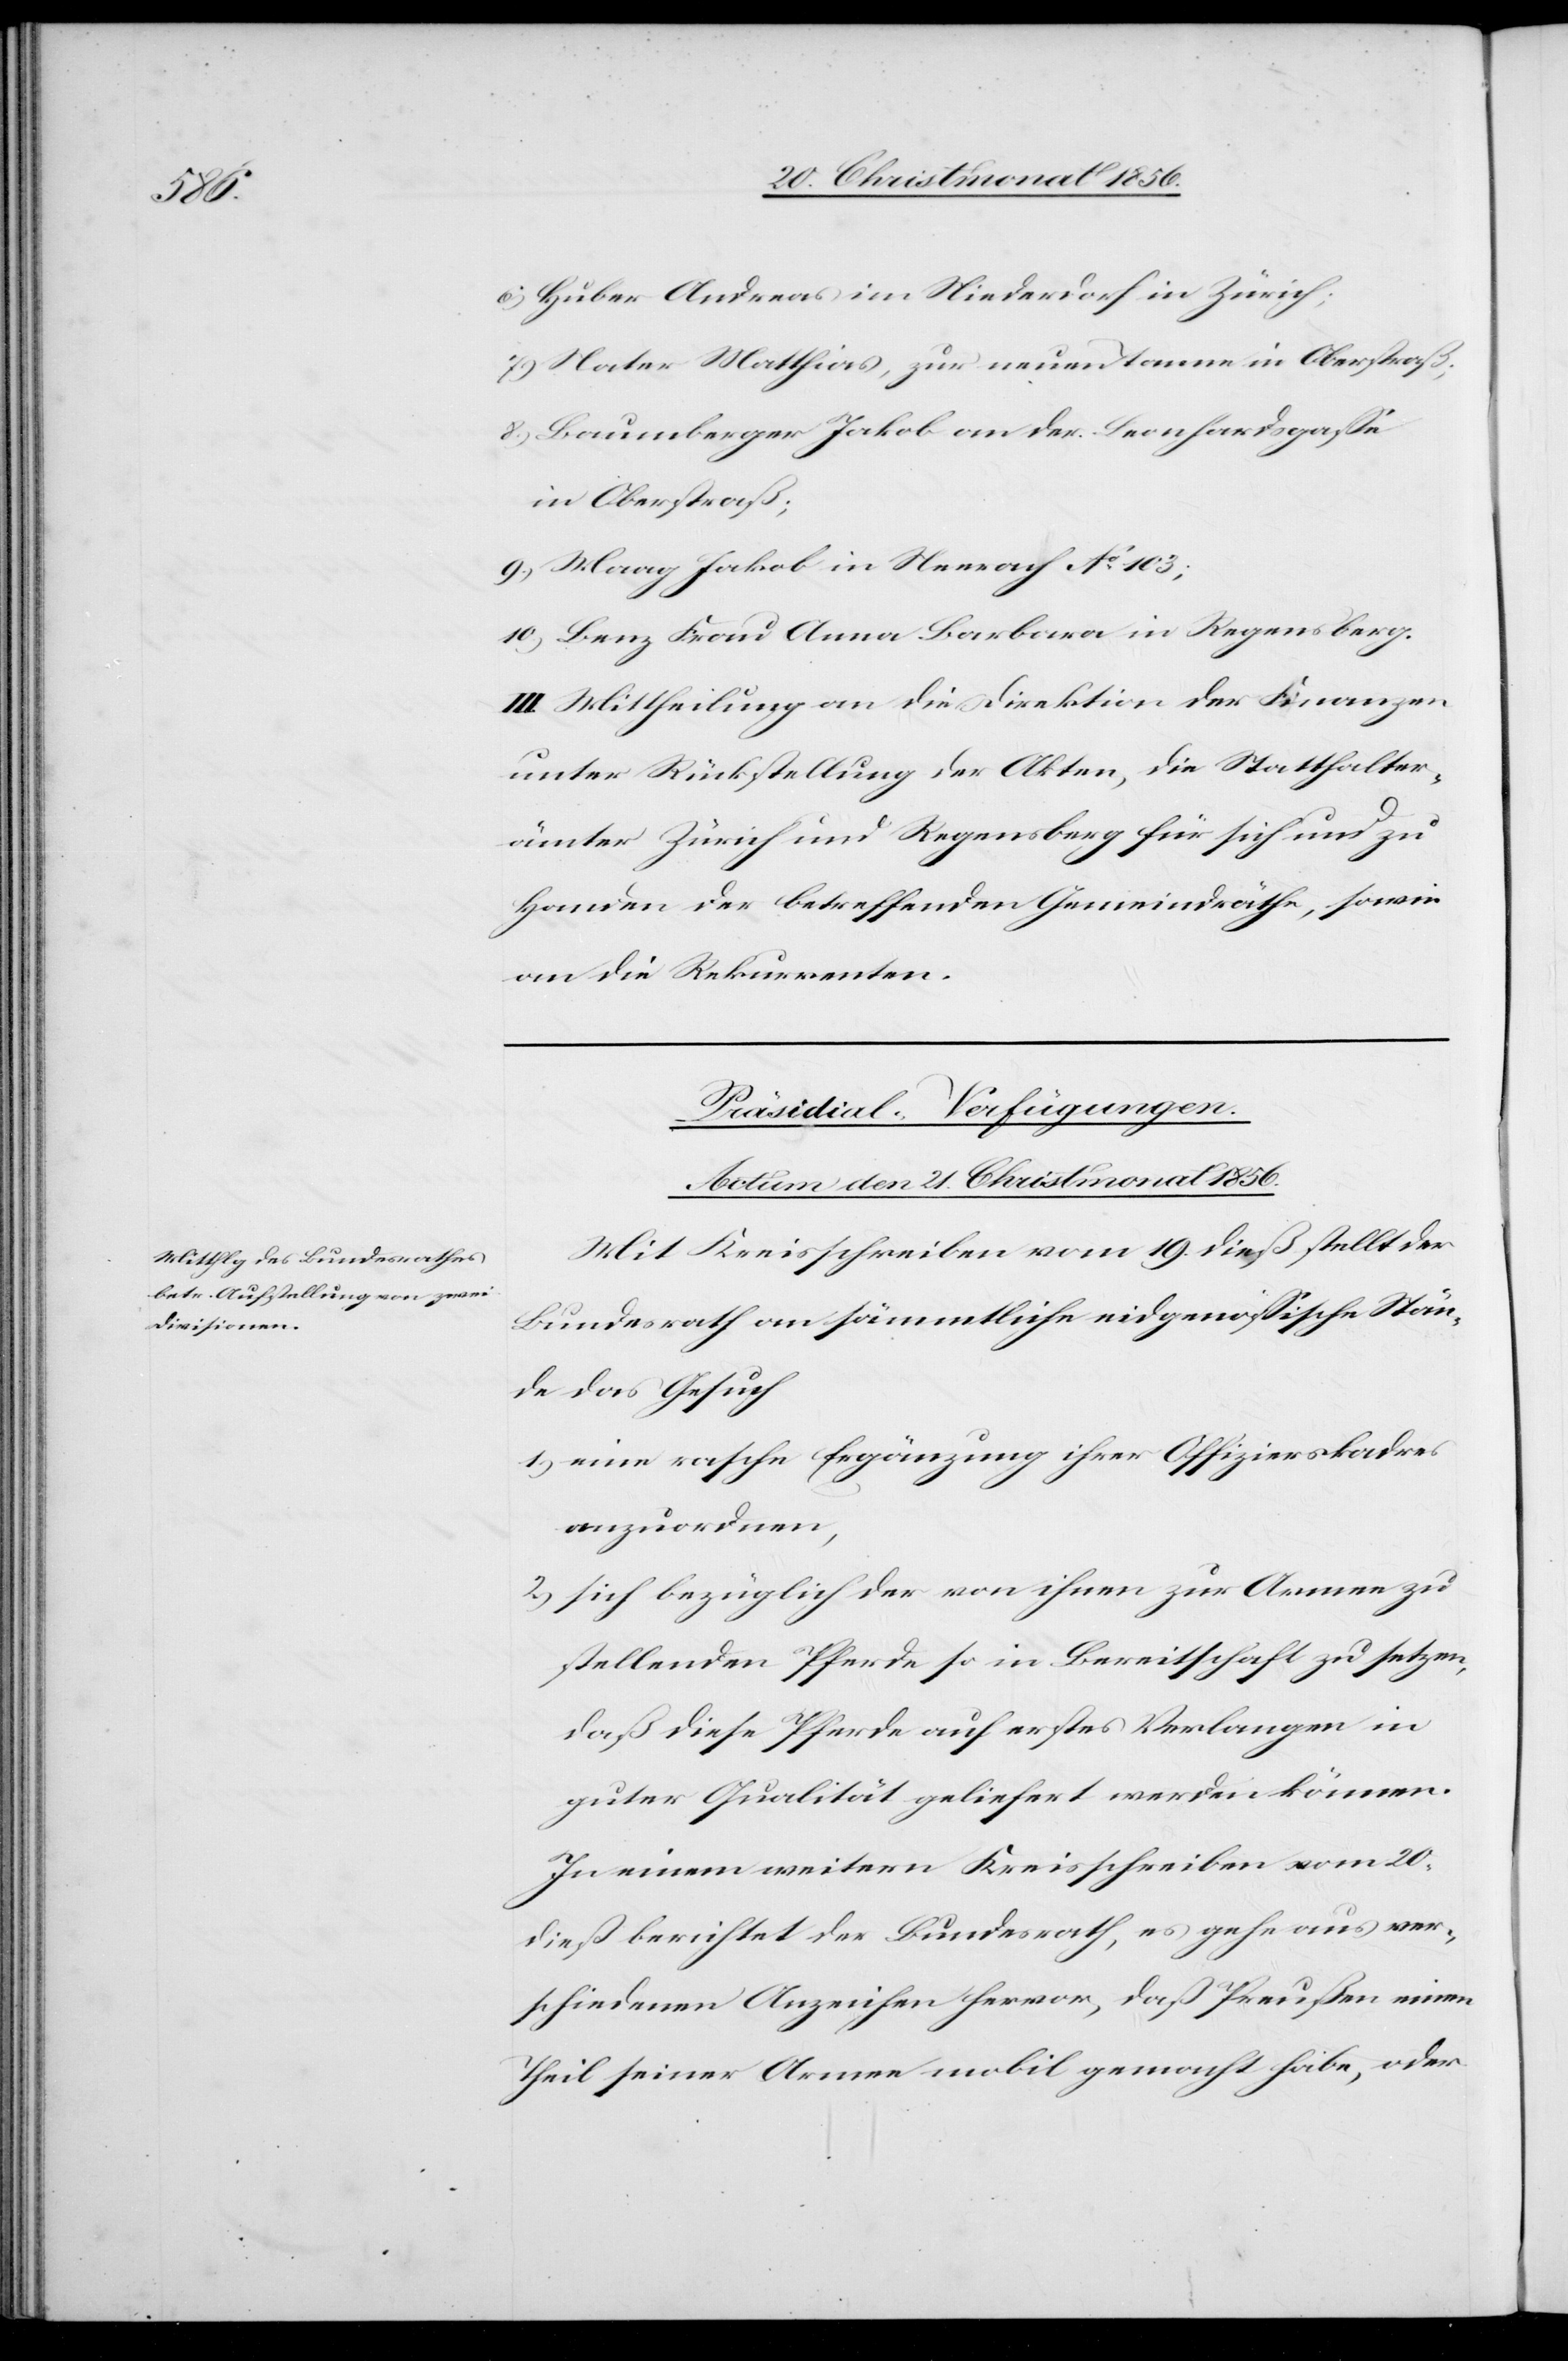
6.) Huber Andreas im Niederdorf in Zürich;
7.) Nater Matthias, zur neuen Tanne in Oberstraß;
8.) Baumberger Jakob an der Leonhardsgasse
in Oberstraß;
9.) Maag Jakob in Neerach No 103;
10.) Benz Frau Anna Barbara in Regensberg.
III. Mittheilung an die Direktion der Finanzen
unter Rückstellung der Akten, die Statthalter¬
ämter Zürich und Regensberg für sich und zu
Handen der betreffenden Gemeindräthe, sowie
an die Rekurrenten.
Präsidial-Verfügungen.
Actum den 21. Christmonat 1856.
Mit Kreisschreiben vom 19. dieß stellt der
Bundesrath an sämmtliche eidgenössische Stän¬
de das Gesuch
1) eine rasche Ergänzung ihrer Offizierskaders
anzuordnen,
2) sich bezüglich der von ihnen zur Armee zu
stellenden Pferde so in Bereitschaft zu setzen,
daß diese Pferde auf erstes Verlangen in
guter Qualität geliefert werden können.
In einem weitern Kreisschreiben vom 20.
dieß berichtet der Bundesrath, es gehe aus ver¬
schiedenen Anzeichen hervor, daß Preußen einen
Theil seiner Armee mobil gemacht habe, oder